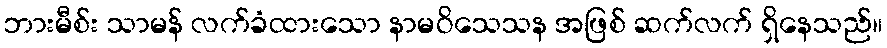
ဘားမီစ်း သာမန် လက်ခံထားသော နာမဝိသေသန အဖြစ် ဆက်လက် ရှိနေသည်။